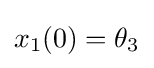
x_{1}(0)=\theta _{3}